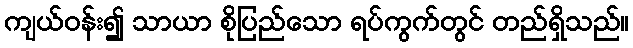
ကျယ်ဝန်း၍ သာယာ စိုပြည်သော ရပ်ကွက်တွင် တည်ရှိသည်။